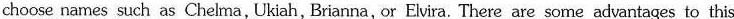
choose names such as Chelma, Ukiah, Brianna, or Elvira. There are some advantages to this